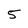
Character: 5